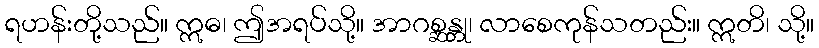
ရဟန်းတို့သည်။ ဣဓ၊ ဤအရပ်သို့။ အာဂစ္ဆန္တု၊ လာစေကုန်သတည်း။ ဣတိ၊ သို့။